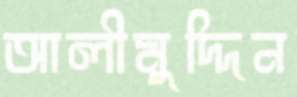
আলীমুদ্দিন